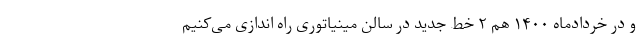
و در خردادماه ۱۴۰۰ هم ۲ خط جدید در سالن مینیاتوری راه اندازی می‌کنیم